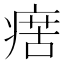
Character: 瘔